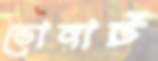
ডোনাট